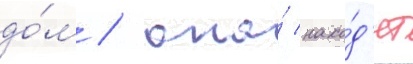
до́м / она́ нахо́д'ит